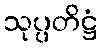
သုပ္ပတိဋ္ဌံ